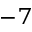
^ { - 7 }